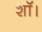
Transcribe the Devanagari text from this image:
शॉ।